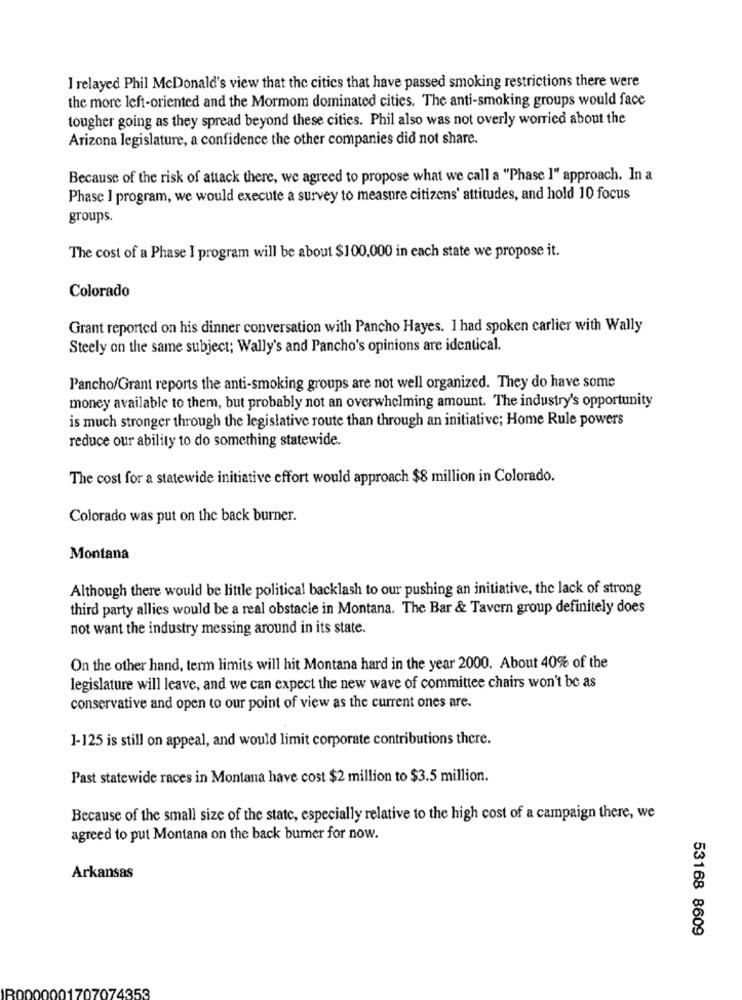
I relayed Phil McDonald's view that the cities that have passed smoking restrictions there were
the more left-oriented and the Mormom dominated cities. The anti-smoking groups would face
tougher going as they spread beyond these cities. Phil also was not overly worried about the
Arizona legislature, a confidence the other companies did not share.
Because of the risk of attack there, we agreed to propose what we call a "Phase I" approach. In a
Phase I program, we would execute a survey to measure citizens' attitudes, and hold 10 focus
groups.
The cost of a Phase I program will be about $100,000 in each state we propose it.
Colorado
Grant reported on his dinner conversation with Pancho Hayes. I had spoken carlier with Wally
Steely on the same subject; Wally's and Pancho's opinions are identical.
Pancho/Grant reports the anti-smoking groups are not well organized. They do have some
money available to them, but probably not an overwhelming amount. The industry's opportunity
is much stronger through the legislative route than through an initiative; Home Rule powers
reduce our ability to do something statewide.
The cost for a statewide initiative effort would approach $8 million in Colorado.
Colorado was put on the back burner.
Montana
Although there would be little political backlash to our pushing an initiative, the lack of strong
third party allies would be a real obstacle in Montana. The Bar & Tavern group definitely does
not want the industry messing around in its state.
On the other hand, term limits will hit Montana hard in the year 2000. About 40% of the
legislature will leave, and we can expect the new wave of committee chairs won't be as
conservative and open to our point of view as the current ones are.
1-125 is still on appeal, and would limit corporate contributions there.
Past statewide races in Montana have cost $2 million to $3.5 million.
Because of the small size of the state, especially relative to the high cost of a campaign there, we
agreed to put Montana on the back burner for now.
Arkansas
53168 8609
1359